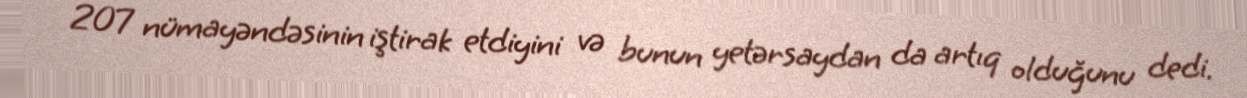
207 nümayəndəsinin iştirak etdiyini və bunun yetərsaydan da artıq olduğunu dedi.